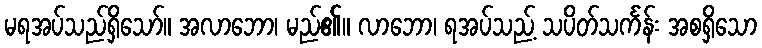
မရအပ်သည်ရှိသော်။ အလာဘော၊ မည်၏။ လာဘော၊ ရအပ်သည့် သပိတ်သင်္ကန်း အစရှိသော